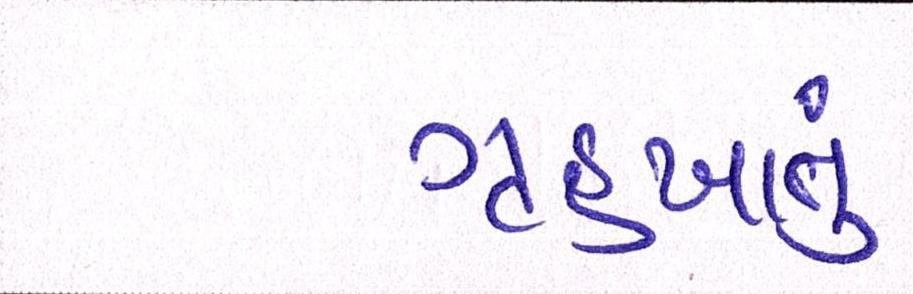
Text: ગૃહખાતું